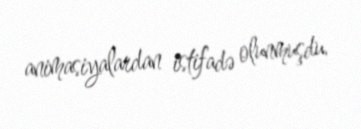
animasiyalardan istifadə olunmuşdu.